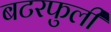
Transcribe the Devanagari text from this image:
बटरफुली